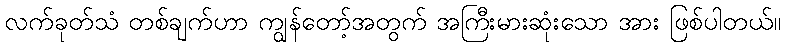
လက်ခုတ်သံ တစ်ချက်ဟာ ကျွန်တော့်အတွက် အကြီးမားဆုံးသော အား ဖြစ်ပါတယ်။